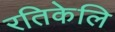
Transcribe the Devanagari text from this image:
रतिकेलि